Annual report on the working of the mental hospitals in the Madras Presidency - 1912-1932
Year: 1912
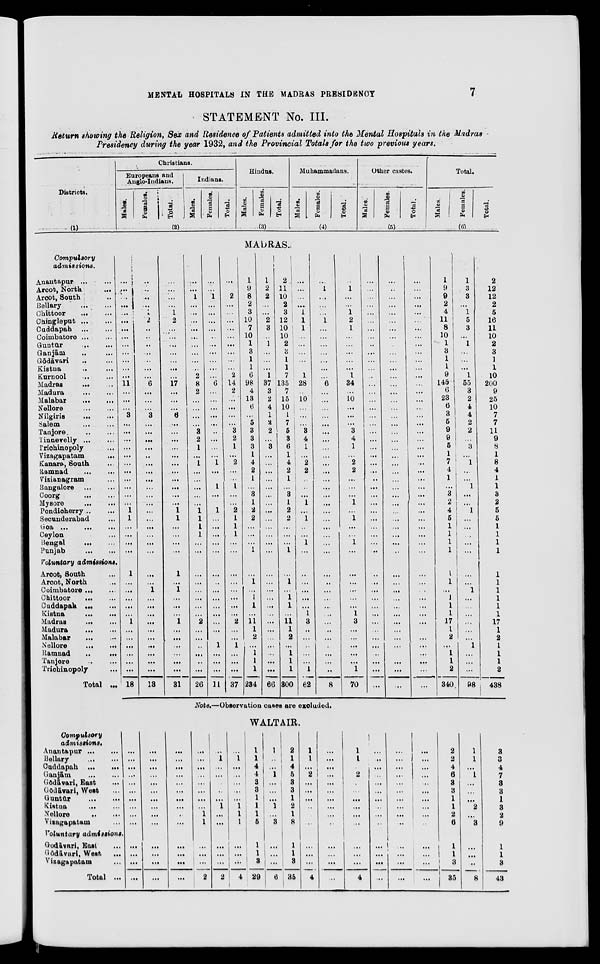
MENTAL HOSPITALS IN THE MADRAS PRESIDENCY
7
STATEMENT No. III.
Return showing the Religion, Sex and Residence of Patients admitted into the Mental Hospitals in the Madras
Presidency during the year 1932, and the Provincial Totals for the two previous years.
Districts.
(1)
Compulsory
admissions.
Anantapur ... ...
Arcot,
North
...
Arcot, South ...
Bellary
... ...
Chittoor
...
...
Chingleput
...
...
Caddapah
...
...
Coimbatore ... ...
Guntur
...
...
Ganjām ... ...
Gōdāvari ... ...
Kistna ... ...
Kurnool ... ...
Madras ... ...
Madura
...
...
Malabar
...
...
Nellore ... ...
Nilgiris
...
...
Salem
...
...
Tanjore
...
...
Tinnevelly ... ...
Trichinopoly ...
Vizagapatam
...
Kanara, South ...
Ramnad
... ...
Vizianagram ...
Bangalore
...
...
Coorg
...
...
Mysore
...
...
Pondicherry ... ...
Secunderabad ...
Goa ...
...
...
Ceylon ... ...
Bengal
...
...
Punjab
...
...
Voluntary
admissions.
Arcot, South ...
Arcot, North ...
Coimbatore
...
...
Chittoor
...
...
Cuddapah
...
...
Kistna
...
...
Madras ... ...
Madura
...
...
Malabar
...
...
Nellore
...
...
Ramnad
...
...
Tanjore
...
...
Trichinopoly ...
Total
...
Christians.
Europeans and
Anglo-Indians.
Males.
Females.
Total.
Indians
Males.
Females.
Total.
(2)
Hindus.
Males.
Females.
Total.
(3)
Muhammadans.
Males.
Females.
Total.
(4)
Other castes.
Males.
Females.
Total.
(5)
Total.
Males.
Females.
Total.
(6)
MADRAS.
...
...
...
...
...
...
...
...
...
...
...
...
...
11
...
...
...
3
...
...
...
...
...
...
...
...
...
...
...
1
1
...
...
...
...
1
...
...
...
...
...
1
...
...
...
...
...
...
18
...
...
...
...
...
...
...
...
...
...
...
...
...
6
...
...
...
3
...
...
...
...
...
...
...
...
...
...
...
...
...
...
...
...
...
...
...
1
...
...
...
...
...
...
...
...
...
...
13
...
...
...
...
1
2
...
...
...
...
...
...
...
17
...
...
...
6
...
...
...
...
...
...
...
...
...
...
...
1
1
...
...
...
...
1
...
1
...
...
...
1
...
...
...
...
...
...
31
...
...
1
...
...
...
...
...
...
...
...
...
2
8
2
...
...
...
...
3
2
1
...
1
...
...
...
...
...
1
1
1
1
...
...
...
...
...
...
...
...
2
...
...
...
...
...
...
26
...
...
1
...
...
...
...
...
...
...
...
...
...
6
...
...
...
...
...
..
...
...
...
1
...
...
1
...
...
1
...
...
...
...
...
...
...
...
...
...
...
...
...
...
1
...
...
...
11
...
2
...
...
...
...
...
...
...
...
...
2
14
2
...
...
...
...
3
2
1
...
2
...
...
1
...
...
2
1
1
1
...
...
...
...
...
...
...
....
2
...
...
1
...
...
...
37
1
9
8
2
3
10
7
10
1
3
1
1
6
98
4
13
6
...
5
3
3
3
1
4
2
1
...
3
1
2
2
...
...
...
1
...
1
...
1
1
...
11
1
2
...
1
1
1
234
1
2
2
...
...
2
3
...
1
...
...
...
1
37
3
2
4
1
2
2
...
3
...
...
...
...
...
...
...
...
...
...
...
...
...
...
...
...
...
...
...
...
...
...
...
...
...
...
66
2
11
10
2
3
12
10
10
2
3
1
1
7
135
7
15
10
1
7
5
3
6
1
4
2
1
...
3
1
2
2
...
...
...
1
...
1
...
1
1
...
11
1
2
...
1
1
1
300
...
...
...
...
1
1
1
...
...
...
...
...
1
28
...
10
...
...
...
3
4
1
...
2
2
...
...
...
1
...
1
...
...
1
...
...
...
...
...
...
1
3
...
...
...
...
...
1
62
...
1
...
...
...
1
...
...
...
...
...
...
...
6
...
...
...
...
...
...
...
...
...
...
...
...
...
...
...
...
...
...
...
...
...
...
...
...
...
...
...
...
...
...
...
...
...
...
8
...
1
...
...
1
2
1
...
...
...
...
...
1
34
...
10
...
...
...
3
4
1
...
2
2
...
...
...
1
...
1
...
...
1
...
...
...
...
...
...
1
3
...
...
...
...
...
1
70
...
...
...
...
...
...
...
...
...
...
...
...
...
...
...
...
...
...
...
...
...
...
...
...
...
...
...
...
...
...
...
...
...
...
...
...
...
...
...
....
...
...
...
...
...
...
...
...
...
...
...
...
...
...
...
...
...
...
...
...
...
...
...
...
...
...
...
...
...
...
...
...
...
...
...
...
...
...
...
...
...
...
...
...
...
...
...
...
...
...
...
...
...
...
...
...
...
...
...
...
...
...
...
...
...
...
...
...
...
...
...
...
...
...
...
...
...
...
...
...
...
...
...
...
...
...
...
...
...
...
...
...
...
...
...
...
...
...
...
...
...
...
...
...
...
...
...
1
9
9
2
4
11
8
10
1
3
1
1
9
145
6
23
6
3
5
9
9
5
1
7 4
1
...
3
2
4
5
1
1
1
1
1
1
...
1
1
1
17
1
2
...
1
1
2
340
1
3
3
...
1
5
3
...
1
...
...
...
1
55
3
2
4
4
2
2
...
3
...
1
...
...
1
...
...
1
...
...
...
...
...
...
...
1
...
...
...
...
...
...
1
...
...
...
98
2
12
12
2
5
16
11
10
2
3
1
1
10
200
9
25
10
7
7
11
9
8
1
8
4
1
1
3
2
5
5
1
1
1
1
1
1
1
1
1
1
17
1
2
1
1
1
2
438
Note.—Observation cases are excluded.
Compulsory
admissions.
Anantapur
...
...
Bellary
...
...
Cuddapah ...
...
Ganjām
...
...
Gōdāvari, East ...
Gōdāvari, West ...
Guntur
...
...
Kistna
...
...
Nellore
...
...
Vizagapatam ...
Voluntary
admissions.
Godāvari, East ...
Gōdāvari, West
...
Vizagapatam ...
Total ...
WALTAIR.
...
...
...
...
...
...
...
...
...
...
...
...
...
...
...
...
...
...
...
...
...
...
...
...
...
...
...
...
...
...
...
...
...
...
...
...
..
...
...
...
...
...
...
...
...
....
...
...
...
...
1
1
...
...
...
2
...
1
...
...
...
...
...
1
...
...
...
...
...
2
...
1
...
...
...
...
...
1
1
1
...
...
...
4
i
1
1
4
4
3
3
1
1
1
5
1
1
3
29
1
...
...
1
...
...
...
1
...
3
...
...
...
6
2
1
4
5
3
3
1
2
1
8
1
1
3
35
1
1
...
2
...
...
...
...
...
...
...
...
...
4
...
...
...
...
...
...
...
...
...
...
...
...
...
...
1
1
2
...
...
...
...
...
...
...
...
4
...
...
...
...
...
....
...
...
...
...
...
...
...
...
...
...
...
...
...
...
...
...
...
...
...
...
...
...
...
...
...
...
...
...
...
...
...
...
...
...
...
...
2
2
4
6
3
3
1
1
2
6
1
1
3
35
1
1
...
1
...
...
...
2
...
3
...
...
...
8
3
3
4
7
3
3
1
3
2
9
1
1
3
43